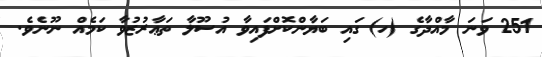
251 ވަނަ މާއްދާގެ (ހ) ގައި ބަޔާންކޮށްފައިވާ އުސޫލާ ތަޢާރުޒުވާ ކަމެއް ނޫނެވެ.